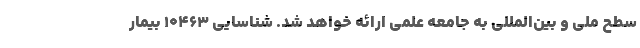
سطح ملی و بین‌المللی به جامعه علمی ارائه خواهد شد. شناسایی ۱۰۴۶۳ بیمار